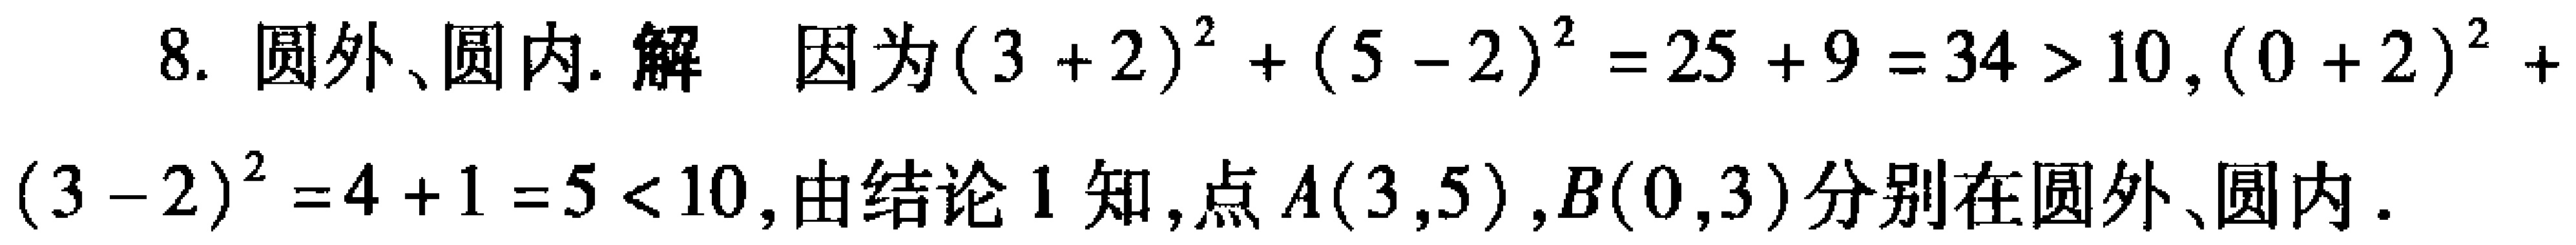
8. 圆外、圆内. 解 因为\((3 + 2)^2 + (5 - 2)^2 = 25 + 9 = 34 > 10\), \((0 + 2)^2+(3 - 2)^2 = 4 + 1 = 5 < 10\), 由结论 1 知, 点\(A(3,5)\), \(B(0,3)\)分别在圆外、圆内.